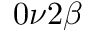
0 \nu 2 \beta